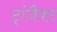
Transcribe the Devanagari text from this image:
ट्रांजैक्ट